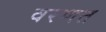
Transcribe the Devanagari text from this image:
वरणत